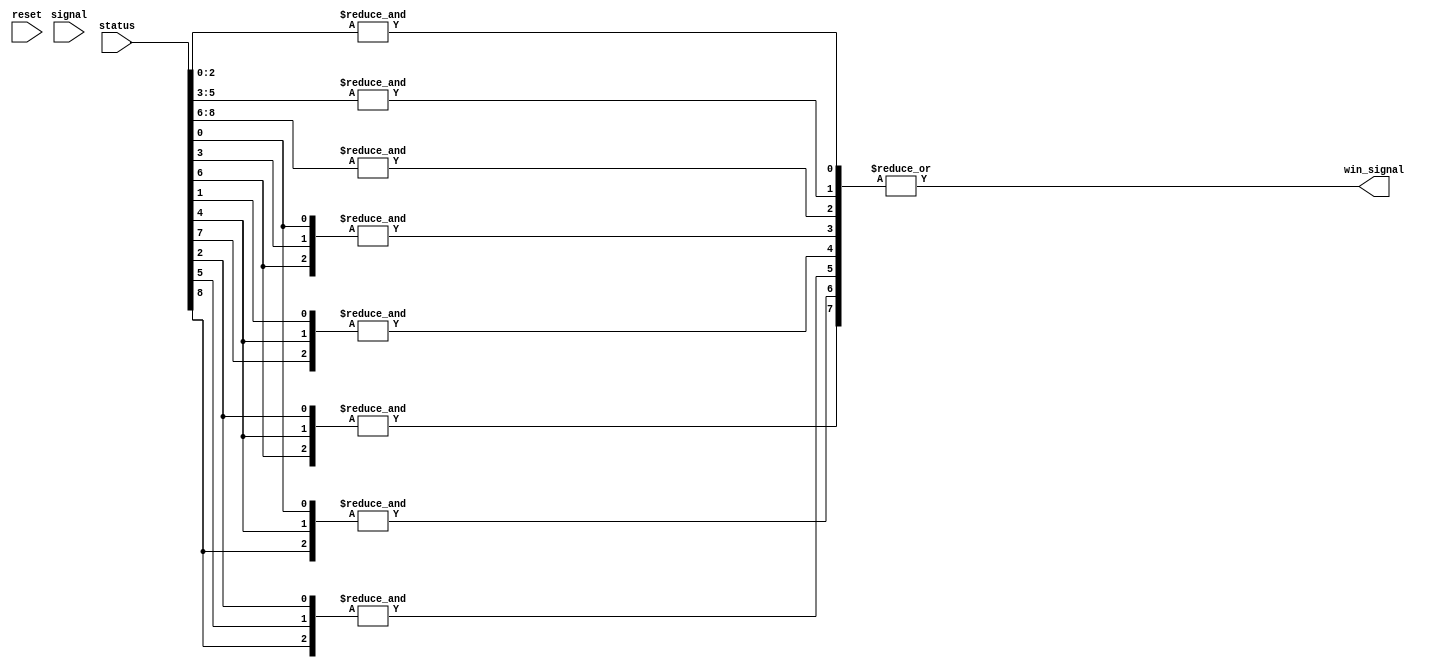
/*============================================================
*	8 possible ways to win. Displayed below:

			+---+---+---+			+---+---+---+			+---+---+---+
			| x | x | x |        |   |   |   |			|   |   |   |
			+---+---+---+        +---+---+---+			+---+---+---+
			|   |   |   |			| x | x | x |			|   |   |   |
			+---+---+---+			+---+---+---+			+---+---+---+
			|   |   |   |			|   |   |   |			| x | x | x |
			+---+---+---+			+---+---+---+			+---+---+---+
			
			
			+---+---+---+			+---+---+---+			+---+---+---+
			| x |   |   |        |   | x |   |			|   | x |   |
			+---+---+---+        +---+---+---+			+---+---+---+
			| x |   |   |			|   | x |   |			|   | x |   |
			+---+---+---+			+---+---+---+			+---+---+---+
			| x |   |   |			|   | x |   |			|   | x |   |
			+---+---+---+			+---+---+---+			+---+---+---+
			


			+---+---+---+			+---+---+---+
			| x |   |   |        |   |   | x |
			+---+---+---+        +---+---+---+
			|   | x |   |			|   | x |   |
			+---+---+---+			+---+---+---+
			|   |   | x |			| x |   |   |
			+---+---+---+			+---+---+---+	
			
*	All condition is specified in always block; 
	Win signal = 1 when any of it satisfired 

============================================================*/
module win_teller (
	input 					reset,
	input 		[8:0] 	status,
	input 					signal,
	
	
	output reg 				win_signal
	);
	reg 			[7:0] 	win_cdt;


	always @* begin
		win_cdt[0] = & status[2:0];
		win_cdt[1] = & status[5:3];
		win_cdt[2] = & status[8:6];
		win_cdt[3] = &{status[0],status[3],status[6]};
		win_cdt[4] = &{status[1],status[4],status[7]};
		win_cdt[5] = &{status[2],status[5],status[8]};
		win_cdt[6] = &{status[0],status[4],status[8]};
		win_cdt[7] = &{status[2],status[4],status[6]};
		win_signal = |win_cdt;
	end
	
endmodule